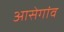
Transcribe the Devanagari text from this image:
आसेगांव